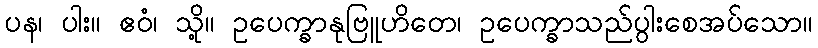
ပန၊ ပါး။ ဧဝံ၊ သို့။ ဥပေက္ခာနုဗြူဟိတေ၊ ဥပေက္ခာသည်ပွါးစေအပ်သော။